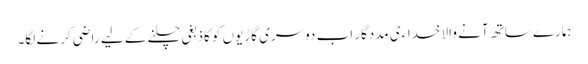
ہمارے ساتھ آنے والا خداءی مددگار اب دوسری گاڑیوں کو کاذبغی چلنے کے لیے راضی کرنے لگا۔